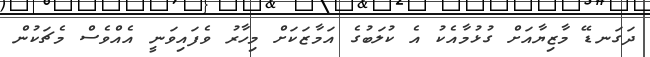
ދަގަނޑޭ މާޒިޔާއަށް ގުޅުމާއެކު އެ ކުލަބުގެ އަމާޒަކަށް މިހާރު ވެފައިވަނީ އެއްވެސް މެޗަކުން